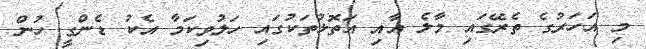
މި އަހަރުގެ ތެރޭގައި މާލެ އާއި އަތޮޅުތަކުގައި ހަލުވިކަމާ އެކު ޑެންގީ ހުން